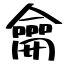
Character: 龠